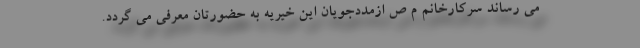
می رساند سرکارخانم م ص ازمددجویان این خیریه به حضورتان معرفی می گردد.